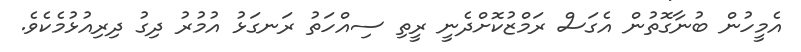
އެމީހުން ބުނާގޮތުން އެގަސް ރަމްޒުކޮށްދެނީ ރީތި ސިއްހަތު ރަނގަޅު އުމުރު ދިގު ދިރިއުޅުމެކެވެ.